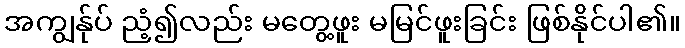
အကျွန်ုပ် ညံ့၍လည်း မတွေ့ဖူး မမြင်ဖူးခြင်း ဖြစ်နိုင်ပါ၏။